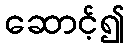
ဆောင့်၍